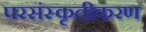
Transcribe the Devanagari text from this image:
परसंस्कृतीकरण